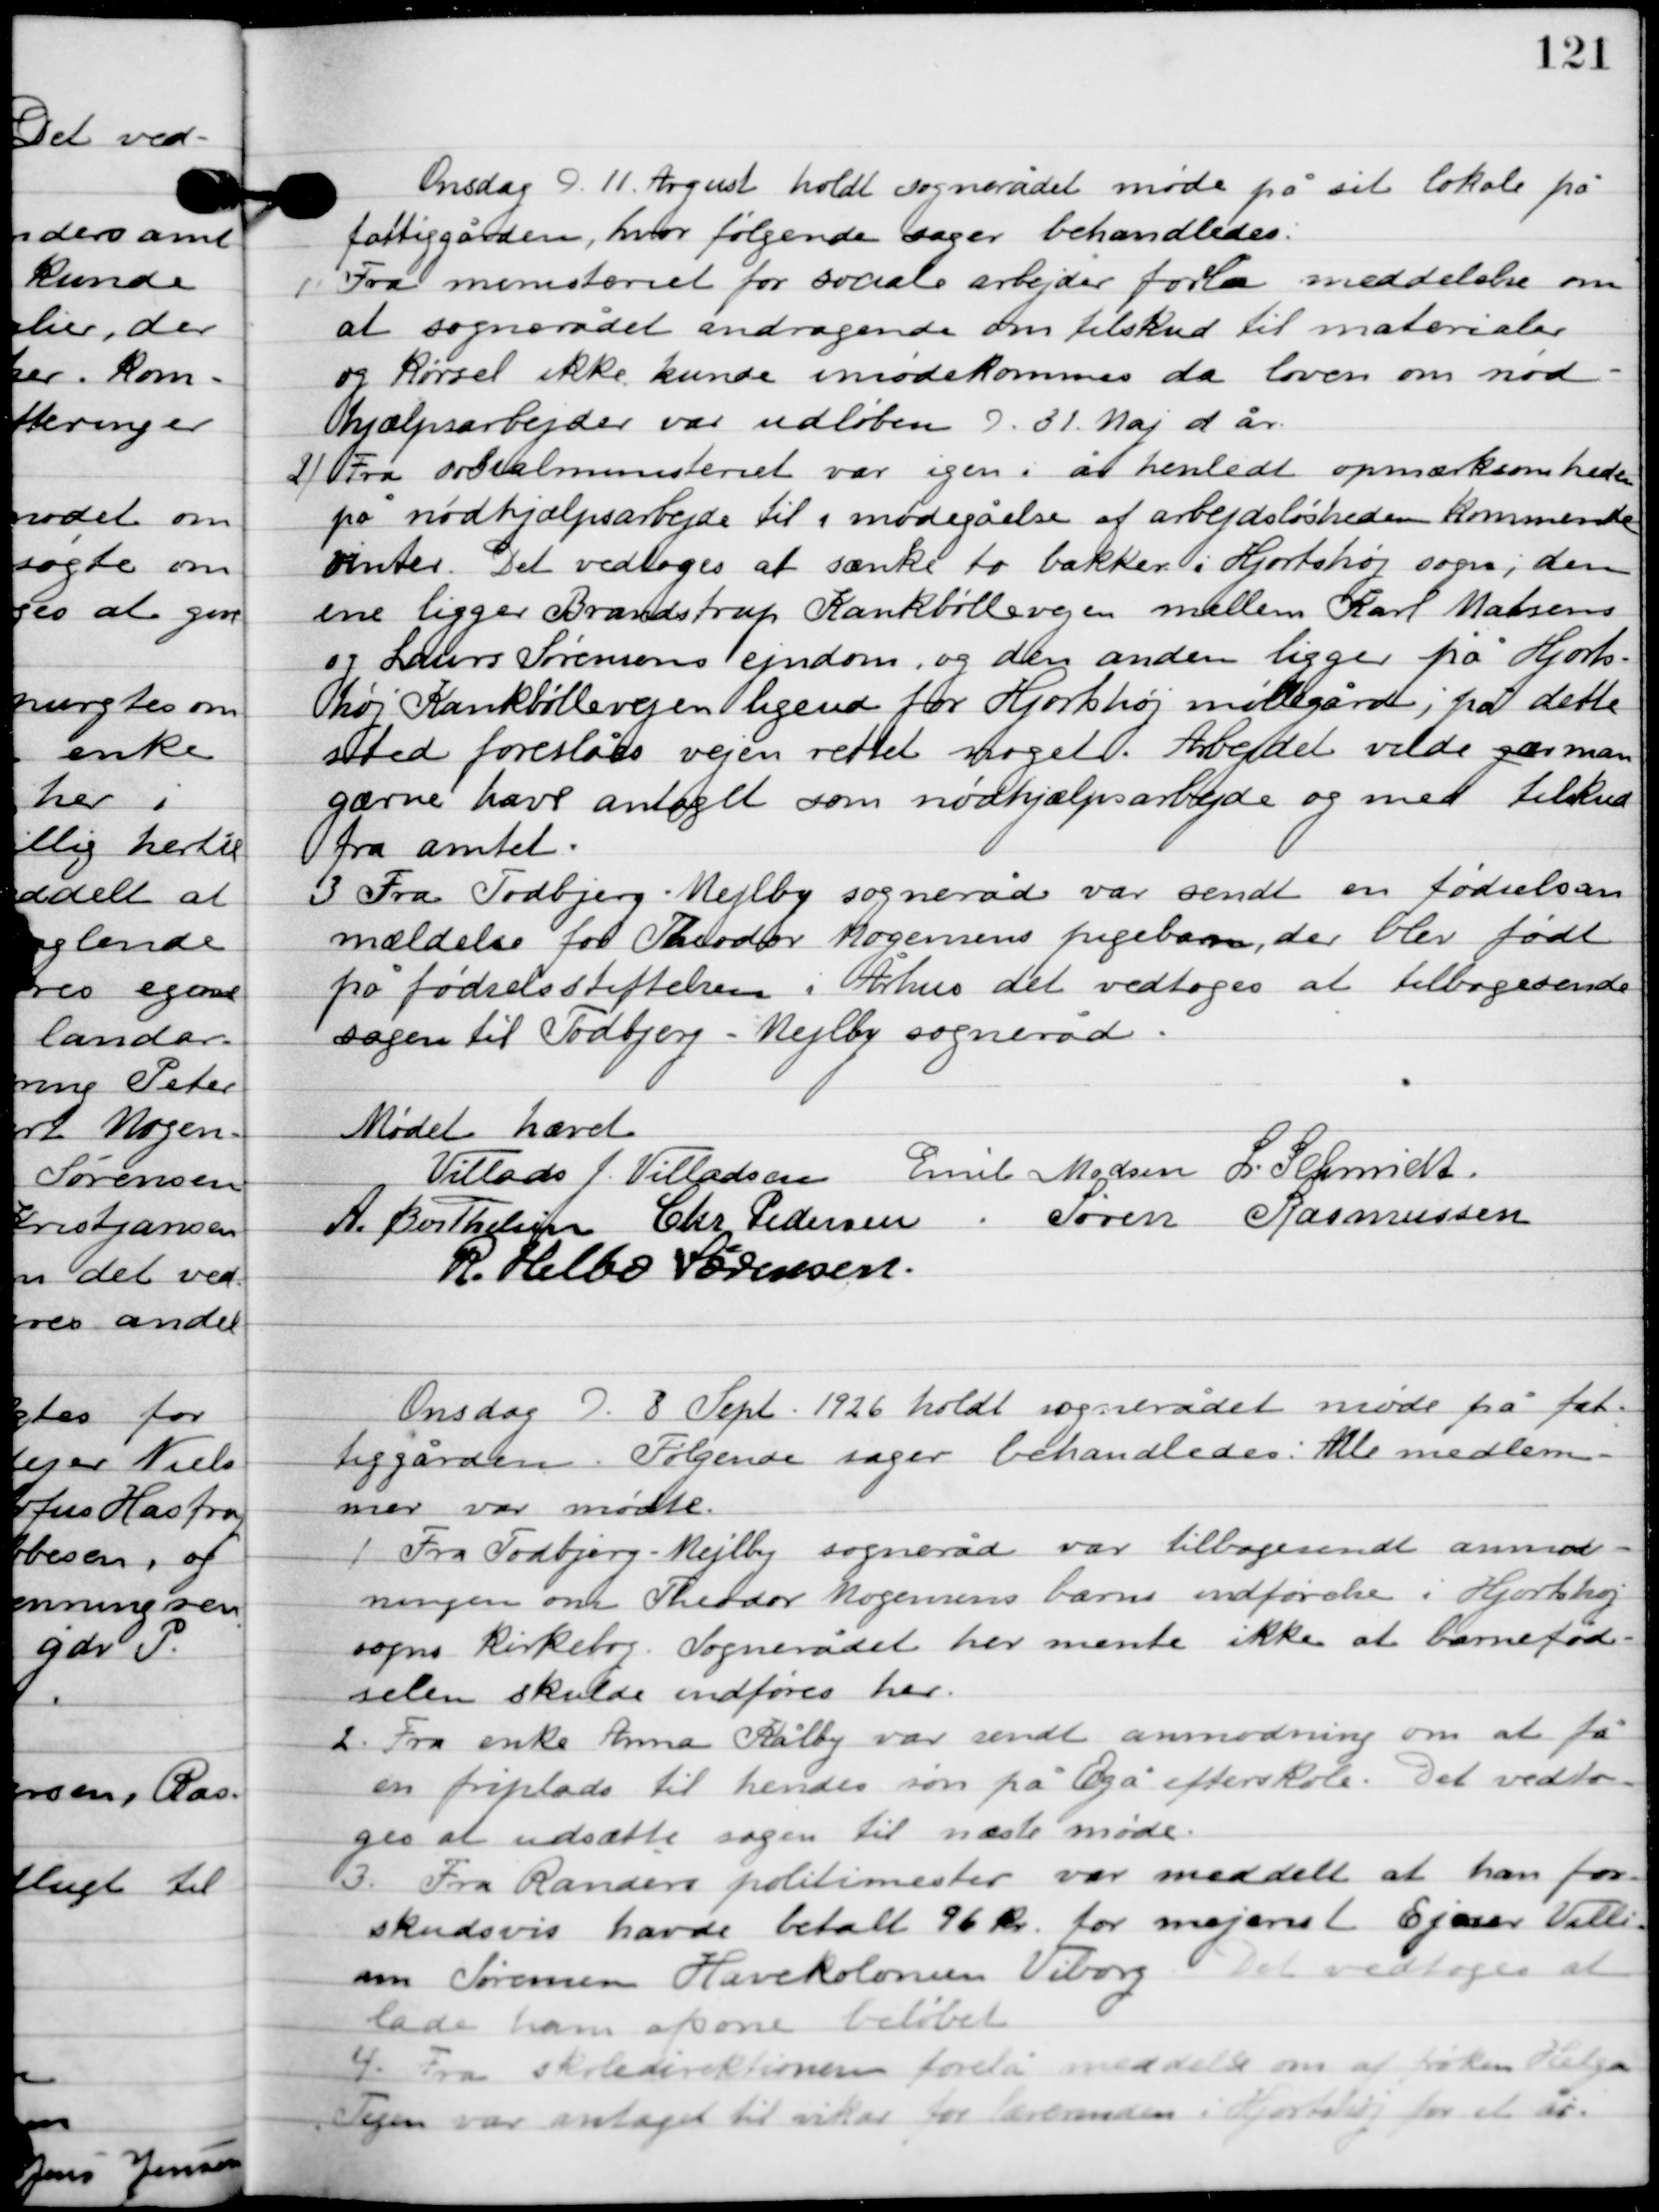
Transskription:
Onsdag D. 11. August holdt sognerådet møde på sit lokale på
fattiggården, hvor følgende sager behandledes.

1

Fra ministeriet for sociale arbejder forelå meddelelse om
at sognerådet andragende om tilskud til materialer
og kørsel ikke kunde imødekommes da loven om nød-
hjælpsarbejder var udløben D. 31 Maj d. år.

2

Fra socialministeriet var igen i år henledt opmærksomheden
på nødhjælpsarbejdere til imødegåelse af arbejdsløsheden kommende
vinter. Det vedtoges at sænke to bakker i Hjortshøj sogn; den
ene ligger Brandstrup Kankbøllevejen mellem Karl Madsens
og Lars Sørens’ ejendom, og den anden ligger på Hjorts-
høj Kankbøllevejen ligende for Hjortshøj møllegård; på dette
sted foreslåes vejen rettet noget. Arbejdet vilde gøre man
gærne have antaget som nødhjælp arbejde og med tilskud
fra amtet.

3

Fra Todbjerg Mejlby sogneråd var sendt en fødselsan-
mældelse for Theodor Mogensens pigebarn, der blev født
på fødselsstiftelsen i Århus det vedtoges at tilbagesende
sagen til Todbjerg-Mejlby sogneråd.

Mødet hævet.

Villads J. Villadsen
Emil Madsen
I. Schmidt
A. Berthelsen
Chr. Pedersen
Søren Rasmussen
R. Helbo Sørensen

Onsdag D. 8. Sept. 1926 holdt sognerådet møde på fat-
tiggården. Følgende sager behandledes. Alle medlem-
mer var mødte.

1

Fra Todbjerg-Mejlby sogneråd var tilbagesendt anmod-
ning om Theodor Mogensens barn indførelse i Hjortshøj
sogns kirkebog. Sognerådet her mente ikke at barnefød-
slen skulde indføres her.

2

Fra enke Anna Kålby var sendt anmodning om at få
en friplads til hendes søn på Egå efterskole. Det vedto-
ges at udsætte sagen til næste møde.

3

Fra Randers politimester var meddelt at han for-
skudsvis have betalt 96 kr. for majerist Ejnar Villi-
am Sørensen Havekolonien Viborg. Det vedtoges at
lade ham afsone beløbet.

4

Fra skoleinspektøren forelå meddelelse om at frøken Helga 
Tijen var antaget til vikar for lærerinden i Hjortshøj for et år.